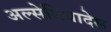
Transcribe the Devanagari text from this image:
अल्सेबियादेस